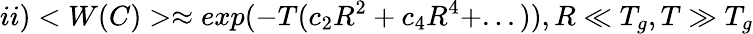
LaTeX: ii)<W(C)>\approx exp(-T(c_{2}R^{2}+c_{4}R^{4}+...)),R\ll T_{g},T\gg T_{g}